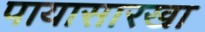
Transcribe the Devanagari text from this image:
पायासारखा